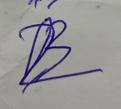
Signature authenticity: forged